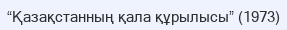
“Қазақстанның қала құрылысы” (1973)